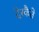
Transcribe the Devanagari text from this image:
देस्कैते